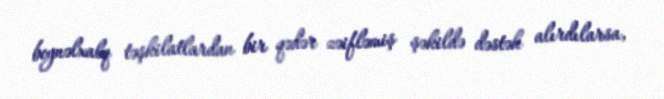
beynəlxalq təşkilatlardan bir qədər zəifləmiş şəkildə dəstək alırdılarsa,